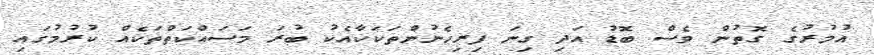
އުމުރުގެ ގޮތުން ވެސް ބޮޑު އަދި ގިނަ ފިރިހެނުންތަކަކާއެކު ބުރަ މަސައްކަތްތަކެއް ކުރުމުގައި